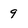
Character: 9